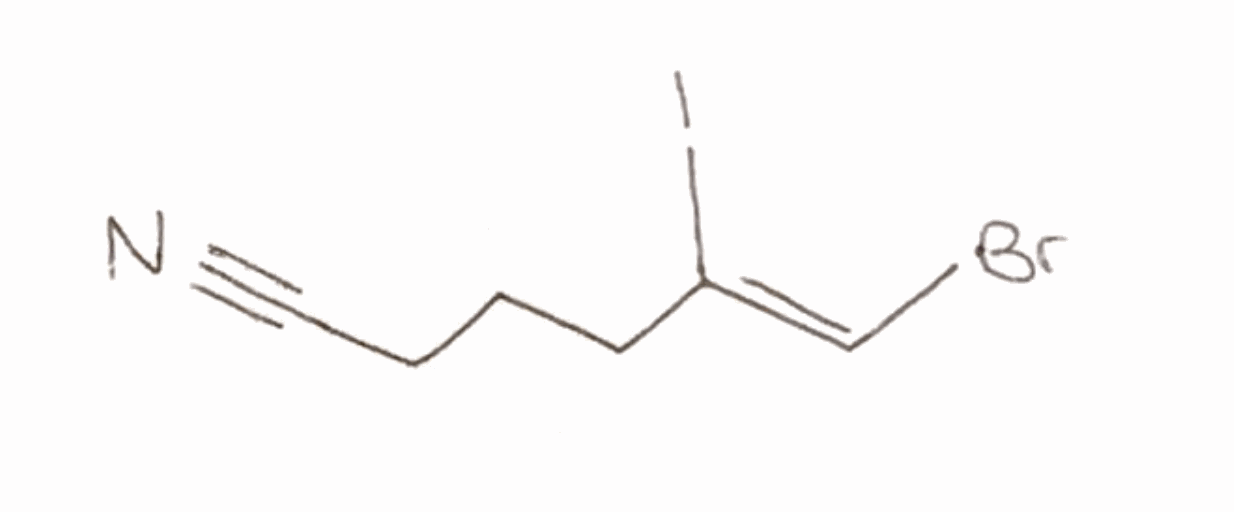
Simplified molecular-input line-entry system (SMILES) notation of the given molecule:
C(CC#N)C/C(=C/Br)/I